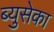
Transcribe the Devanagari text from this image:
ब्युसेका